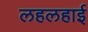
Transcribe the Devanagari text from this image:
लहलहाई